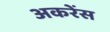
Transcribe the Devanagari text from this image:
अकरेंस